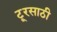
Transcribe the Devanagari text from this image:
टूरसाठी